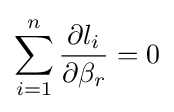
\sum _{i=1}^{n}{\frac {\partial l_{i}}{\partial \beta _{r}}}=0